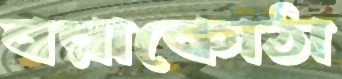
বরাকোঠা